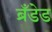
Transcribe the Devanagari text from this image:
ब्रँडेड